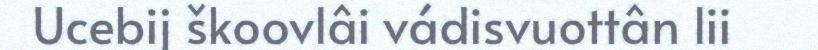
Ucebij škoovlâi vádisvuottân lii